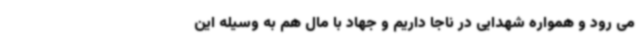
می رود و همواره شهدایی در ناجا داریم و جهاد با مال هم به وسیله این